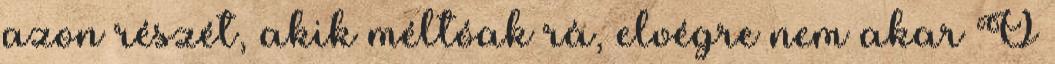
azon részét, akik méltóak rá, elvégre nem akar Ő